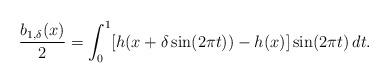
LaTeX: \begin{align*}\dfrac{b_{1,\delta}(x)}{2} =\int_0^1 [h(x+\delta \sin(2\pi t))-h(x)]\sin(2\pi t)\,dt.\end{align*}